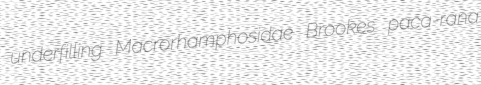
underfilling Macrorhamphosidae Brookes paca-rana